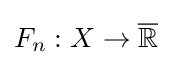
F_{n}:X\to {\overline {\mathbb {R} }}